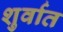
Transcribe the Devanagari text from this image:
शुर्वात